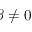
\beta \ne 0